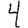
Digit: 4